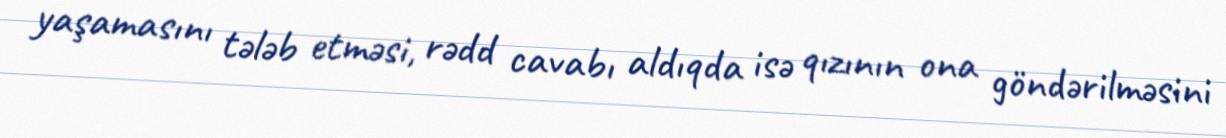
yaşamasını tələb etməsi, rədd cavabı aldıqda isə qızının ona göndərilməsini